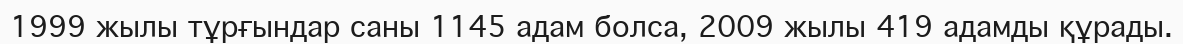
1999 жылы тұрғындар саны 1145 адам болса, 2009 жылы 419 адамды құрады.